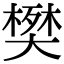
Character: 𫯹